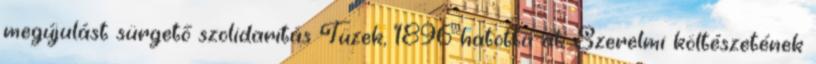
megújulást sürgető szolidaritás Tüzek, 1896 hatotta át. Szerelmi költészetének